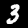
Digit: 3